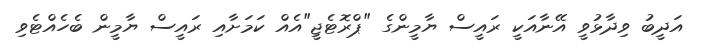
އަދީބު ވިދާޅުވީ އޭނާއަކީ ރައީސް ޔާމީންގެ "ޕްރޮޓެޖީ"އެއް ކަމަށާއި ރައީސް ޔާމީން ބެހެއްޓެވި